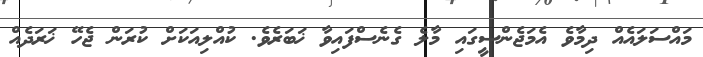
މައްސަލައެއް ދިމާވެ އެމަޖެންސީގައި މާލެ ގެނެސްފައިވާ ޚަބަރެވެ. ކުއްލިއަކަށް ކުރަން ޖެހޭ ޚަރަދެއް